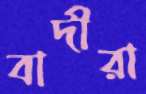
বাদীরা